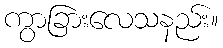
ကွာခြားလေသနည်း။